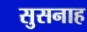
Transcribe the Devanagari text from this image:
सुसनाह